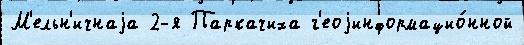
М'ельн'ичнаjа 2-я Паркачиха г'еоjинформацио́нной